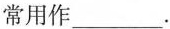
常用作___.